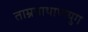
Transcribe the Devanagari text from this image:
ताम्रपाषाणयुग